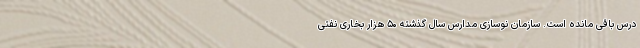
درس باقی مانده‌ است. سازمان نوسازی مدارس سال گذشته ۵۰ هزار بخاری نفتی